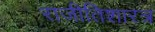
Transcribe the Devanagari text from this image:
राजीतिशारत्र